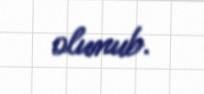
olunub.